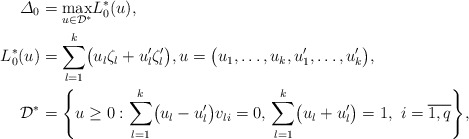
\begin{align*}\varDelta_0 &= \underset{u \in\mathcal{D}^*} {\max}L_0^*(u),\\L_0^*(u) &= \sum_{l=1}^{k}\bigl(u_l\zeta_l +u'_l\zeta'_l \bigr), u = \bigl(u_1,\ldots,u_k,u'_1,\ldots,u'_k\bigr),\\\mathcal{D}^* &= \Biggl\{ u\geq0: \sum_{l=1}^{k}\bigl(u_l - u'_l\bigr)v_{li} = 0, \, \sum_{l=1}^{k} \bigl(u_l+ u'_l\bigr) = 1 ,\ i = \overline{1,q} \Biggr\},\end{align*}